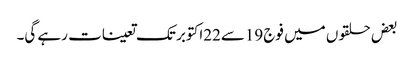
بعض حلقوں میں فوج 19سے22اکتوبر تک تعینات رہے گی۔